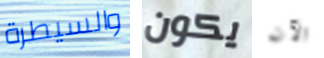
والسيطرة يكون الآن